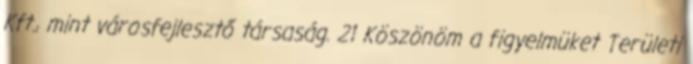
Kft., mint városfejlesztő társaság. 21 Köszönöm a figyelmüket Területi